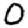
Digit: 0